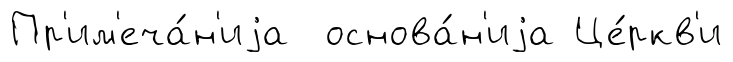
Пр'им'еча́н'иjа основа́н'иjа Це́ркв'и